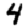
Digit: 4